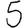
Digit: 5